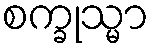
စက္ခုသ္မာ